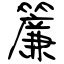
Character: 簾